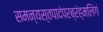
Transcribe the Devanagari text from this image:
समन्यस्तपादंपरब्रंह्मलिंगं